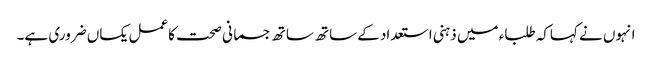
انہوں نے کہاکہ طلباء میں ذہنی استعدادکے ساتھ ساتھ جسمانی صحت کاعمل یکساں ضروری ہے۔